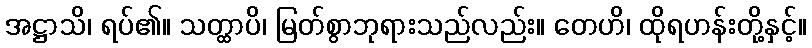
အဋ္ဌာသိ၊ ရပ်၏။ သတ္ထာပိ၊ မြတ်စွာဘုရားသည်လည်း။ တေဟိ၊ ထိုရဟန်းတို့နှင့်။